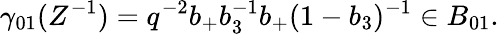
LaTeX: \gamma_{01}(Z^{-1})=q^{-2}b_{+}b_{3}^{-1}b_{+}(1-b_{3})^{-1}\in B_{01}.